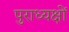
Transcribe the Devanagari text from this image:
पुराध्यक्षों